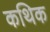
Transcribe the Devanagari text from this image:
कथिक